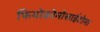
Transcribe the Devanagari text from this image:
फियोक्रोमोसाईटोमा